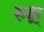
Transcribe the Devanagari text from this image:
रुक्ष्